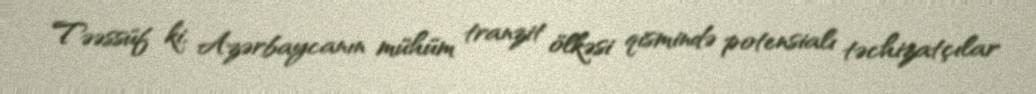
Təəssüf ki, Azərbaycanın mühüm tranzit ölkəsi qismində potensialı təchizatçılar